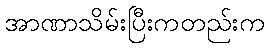
အာဏာသိမ်းပြီးကတည်းက